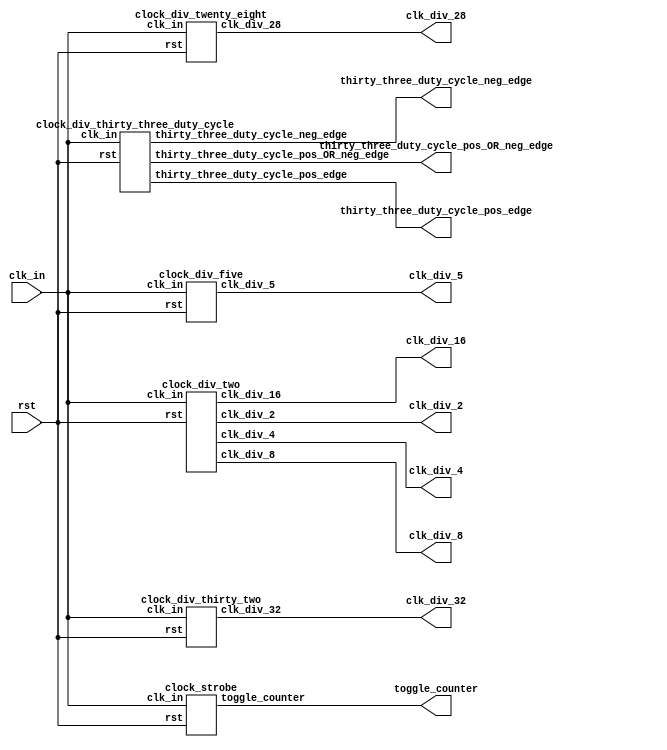
/*
	Class: UCLA CS 152A
	Name: Sum Yi Li (UID: 505146702)
	Module Name: Clock Design Methodology  
*/

`timescale 1ns / 1ps

/*
	The following are the given inputs from the spec.
	This the top level module 
*/

module clock_gen( 
	input clk_in,
	input rst,
	output clk_div_2,
	output clk_div_4,
	output clk_div_8,
	output clk_div_16,
	output clk_div_28,

	// Add a temporary output variable for clock div 32
	output clk_div_32,

	// Add three temporary output variables for task 4, 5, 6
	output thirty_three_duty_cycle_pos_edge,
	output thirty_three_duty_cycle_neg_edge,
	output thirty_three_duty_cycle_pos_OR_neg_edge,

	output clk_div_5,
	output [31:0] toggle_counter );
	
	// First module 
	clock_div_two task_one( 
		.clk_in(clk_in),
		.rst(rst), 
		// Task 1: Clock Divider by Power of 2s
		.clk_div_2(clk_div_2), 
		.clk_div_4(clk_div_4), 
		.clk_div_8(clk_div_8), 
		.clk_div_16(clk_div_16) 
		);

	// Task 2: Generate the divide by 32 clocks 
	// Temporary module for clock div 32
	clock_div_thirty_two temp_task(
		.clk_in(clk_in),
		.rst(rst), 
		.clk_div_32(clk_div_32) 
	);

	// Task 3: Generate the divide by 28 clocks
	// Second module 
	clock_div_twenty_eight task_two( 
		.clk_in(clk_in),
		.rst(rst), 
		.clk_div_28(clk_div_28) 
	);
	
	// Task 4, 5, 6: Generte two 33% duty cycle clock (raising, falling edge), and logical OR of the two clocks
	// Temporary module for combined task 4, 5, 6 togther due to comparison of waveform diagram side by side
	clock_div_thirty_three_duty_cycle temp_task_two(
		.clk_in(clk_in),
		.rst(rst),
		.thirty_three_duty_cycle_pos_edge(thirty_three_duty_cycle_pos_edge),
		.thirty_three_duty_cycle_neg_edge(thirty_three_duty_cycle_neg_edge),
		.thirty_three_duty_cycle_pos_OR_neg_edge(thirty_three_duty_cycle_pos_OR_neg_edge)
	);


	// Task 7: Generate a 50% duty cycle divide by 5 clock 
	clock_div_five task_three( 
		.clk_in(clk_in),
		.rst(rst), 
		.clk_div_5(clk_div_5) 
		);

	// Task 8: verify the output clock is 50% divided by 200 clocks running at 500Khz
	clock_div_two_hundred temp_task_three(
		.clk_in(clk_in),
		.rst(rst),
		.clk_div_200(clk_div_200)
	);

	// Task 9: Generate a 8 bit counter that counts up to 2 on every positive edge of the master clock, but subtracts by 5 on every strobe
	// Fourth module: Use the master clock and a divide by 4 strobe to generate an 8 bit counter
	clock_strobe task_four( 
		.clk_in(clk_in),
		.rst(rst),
		.toggle_counter (toggle_counter)
	);

endmodule

// Design Task 1: Assign 4 1-bit wires to each of the bits from the 4 bit counter 
module clock_div_two(
	// Set up the input variables 
	input clk_in, 
	input rst, 
	// Set up the output variables 
	output clk_div_2, 
	output clk_div_4, 
	output clk_div_8, 
	output clk_div_16
);

	// Instantiate a 4 bit variable to store the temporary value during the count up process
	reg [3:0] temp_count;

	// Assign 4 1-bit wires to each of the bits from the 4 bit temporary counter 
	// The first bit of the counter 
	assign clk_div_2 = temp_count[0];
	// The second bit of the counter 
	assign clk_div_4 = temp_count[1];
	// The third bit of the counter 
	assign clk_div_8 = temp_count[2];
	// The fourth bit of the counter 
	assign clk_div_16 = temp_count[3];

	// I need to first initalize the counter since it is not initalize when it first starts 
	// Set the counter to 0 in the initial block 
	// Remember to use the non-blocking assignment operator 
	initial begin 
		temp_count <= 0;
	end 

	// Then, create a 4 bit counter within the always block 
	always @ (posedge clk_in) begin
		if (rst)
			// Reset the count to 0 
			temp_count <= 4'b0000;
		else 
			// Increment the counter by 1
			temp_count <= temp_count + 1'b1;
	end 

endmodule

// Observe Task 2: Generate the divide by 32 clocks by flipping the output clock on every counter overflow
module clock_div_thirty_two (
	// Set up the input variables 
	input clk_in,
	input rst,
	// Set up the output register 
	output clk_div_32
	);
	
	// Instantiate a 4 bit variable to store the temporary value during the count up process
	reg [3:0] temp_count;
	// Create a temporary register variable to store the final output 
	reg clk_32;
	// Assign the final output variable of clock div 32 to store the value from the temporary variable 
	assign clk_div_32 = clk_32;

	// Set both the counter and output register variable for divide clock of 32
	// Remember to use the non-blocking assignment operator 
	initial begin 
		// Initialize the counter to 0 
		temp_count <= 0;
		// Initialize the output register for fivide clock of 32 to 0
		clk_32 <= 0;
	end 

	// Then, modify the 4 bit counter to count from 0 to 15, then on the 16th edge, flip the output 
	always @ (posedge clk_in) begin
		if (rst) begin 
			// Reset the counter to 0
			temp_count <= 0;
			// Reset the output register for divide clock of 32
			clk_32 <= 0;
		end 
		// Check if the current count is already 15, get ready to flip the clock 
		else if (temp_count == 4'b1111) begin 
			// Reset the counter to 0
			temp_count <= 0;
			// Flip the output register for divide clock of 32 
			clk_32 <= ~clk_32;
		end 
		else 
			// Increment the counter by 1
			temp_count <= temp_count + 1'b1;
	end 

endmodule 


// Design task 3: generate a clock that is 28 times smaller by modifying when the counter resets to 0
module clock_div_twenty_eight(
	// Set up the input variables 
	input clk_in,
	input rst,
	// Set up the output variables 
	output clk_div_28
);
	// Instantiate a 4 bit variable to store the temporary value during the count up process
	reg [3:0] temp_count;
	// Create a temporary register variable to store the final output
	reg temp_clk_28;
	// Assign the final output variable of clock div 28 to store the value from the temporary variable 
	assign clk_div_28 = temp_clk_28;

	// Set both the counter and output register variable for divide clock of 28
	// Remember to use the non-blocking assignment operator 
	initial begin 
		// Initialize the counter to 0 
		temp_count <= 0;
		// Initialize the output register for divide clock of 28 to 0
		temp_clk_28 <= 0;
	end 

	// Then, modify the 4 bit counter to count from 0 to 13, then on the 14th edge, flip the output
	always @ (posedge clk_in) begin
		if (rst) begin
			// Reset the counter to 0
			temp_count <= 0;
			// Reset the output register for divide clock of 28 
			temp_clk_28 <= 0;
		end 
		// Check if the current count is already 13, get ready to flip the clock 
		else if (temp_count == 4'b1101) begin 
			// Reset the counter to 0
			temp_count <= 0;
			// flip the output register for divide clock of 28 
			temp_clk_28 <= ~temp_clk_28;
		end 
		else 
			// Increment the counter by 1
			temp_count <= temp_count + 1'b1;
	end 

endmodule

// Observe task 4: Generate a 33% duty cycle clock (rising on positive edge) using if statement and counters and verify the waveform 
// Observe task 5: Generate a 33% duty cycle clock (rising on negative edge) using if statement and counters and verify the waveform 
// Observe task 6: Assign a wire that takes the logical or of the two 33% duty cycle clock 
module clock_div_thirty_three_duty_cycle(
	// Set up the input variables
	input clk_in,
	input rst,
	// Set up the output variables
	output thirty_three_duty_cycle_pos_edge,
	output thirty_three_duty_cycle_neg_edge,
	output thirty_three_duty_cycle_pos_OR_neg_edge
	);
	
	// Create temporary variable for the 33% duty cycle positive edge
	reg thirty_three_pos_temp;
	// Create temporary variable for the 33% duty cycle negative edge
	reg thirty_three_neg_temp;
	// Create temporary variable for the logical or of the two clock 
	reg thirty_three_OR_temp;
	// Instantiate a 4 bit variable to store the temporary value during the positive count up process
	reg [3:0] temp_pos_count; 
	// Instantiate a 4 bit variable to store the temporary value during the negative count up process
	reg [3:0] temp_neg_count;

	// Assign the final output variable of 33% duty cycle positive edge
	assign thirty_three_duty_cycle_pos_edge = thirty_three_pos_temp;
	// Assign the final output variable of 33% duty cycle positive edge
	assign thirty_three_duty_cycle_neg_edge = thirty_three_neg_temp;
	// Assign the final output variable of the logical OR of the two clocks 
	assign thirty_three_duty_cycle_pos_OR_neg_edge = thirty_three_duty_cycle_pos_edge | thirty_three_duty_cycle_neg_edge;

	// Set all the temporary register variables to zero in the initial block 
	// Remember to use the non-blocking assignment operator 
	initial begin 
		// initalize the positive edge of the 33% duty cycle to zero 
		thirty_three_pos_temp <= 0;
		// initialize the negative edge of the 33% duty cycle to zero 
		thirty_three_neg_temp <= 0;
		// initialize the positive counter to zero 
		temp_pos_count <= 0;
		// initialize the negative counter to zero 
		temp_neg_count <= 0;
	end 

	// Modify the 4 bit counter to generate a 33% duty cycle clock that triggers on the rising edge
	always @ (posedge clk_in) begin
		if (rst) begin 	
			// reset the positive counter to 0
			temp_pos_count <= 0;
			// reset the temporary register for divide clock of 9 on positive edge 
			thirty_three_pos_temp <= 0;
		end 
		// Check if the current count is 5, get ready to flip the clock
		// Since 33% duty cycle is 1/3 and 15/3 = 5
		else if (temp_pos_count == 4'b0101) begin
			// Increment the positive counter by 1
			temp_pos_count <= temp_pos_count + 1'b1;
			// Flip the temporary register for the divide clock with 33% duty cycle
			thirty_three_pos_temp <= ~thirty_three_pos_temp;
		end 
		// Check if the current count is 8, get ready to flip the clock
		else if (temp_pos_count == 4'b1000) begin
			// Reset the positive counter by 1
			temp_pos_count <= 0;
			// Flip the temporary register for the divide clock of 9
			thirty_three_pos_temp <= ~thirty_three_pos_temp;
		end 
		else 
			// increment the positve counter by 1
			temp_pos_count <= temp_pos_count + 1'b1;
	end


	// Modify the 4 bit counter to generate a 33% duty cycle clock that triggers on the falling edge
	always @ (negedge clk_in) begin
		if (rst) begin 	
			// reset the positive counter to 0
			temp_neg_count <= 0;
			// reset the temporary register for divide clock of 9 on negative edge 
			thirty_three_neg_temp <= 0;
		end 
		// Check if the current count is 5, get ready to flip the clock
		// Since 33% duty cycle is 1/3 and 15/3 = 5
		else if (temp_neg_count == 4'b0101) begin
			// Increment the negative counter by 1
			temp_neg_count <= temp_neg_count + 1'b1;
			// Flip the temporary register for the divide clock with 33% duty cycle
			thirty_three_neg_temp <= ~thirty_three_neg_temp;
		end 
		// Check if the current count is 8, get ready to flip the clock
		else if (temp_neg_count == 4'b1000) begin
			// Reset the negative counter by 1
			temp_neg_count <= 0;
			// Flip the temporary register for the divide clock of 9
			thirty_three_neg_temp <= ~thirty_three_neg_temp;
		end 
		else 
			// increment the negative counter by 1
			temp_neg_count <= temp_neg_count + 1'b1;
	end

endmodule


// Design task 7: Generate a 50% duty cycle which is divide by 5 clock 
module clock_div_five (
	// Set up the input variables 
	input clk_in, 
	input rst, 
	// Set up the output variables 
	output clk_div_5
);
	
	// Create temporary variable for the 55% duty cycle positive edge
	reg clk_5_pos_temp;
	// Create temporary variable for the 55% duty cycle negative edge
	reg clk_5_neg_temp;
	// Instantiate a 4 bit variable to store the temporary value during the positive count up process
	reg [3:0] clk_5_pos_count; 
	// Instantiate a 4 bit variable to store the temporary value during the negative count up process
	reg [3:0] clk_5_neg_count;

	// Assign the final output variable for clock divide by 5 with logical or of the two clocks 
	assign clk_div_5 = clk_5_pos_temp | clk_5_neg_temp;
	
	// Set all the temporary register variables to zero in the initial block 
	// Remember to use the non-blocking assignment operator 
	initial begin 
		// Initialize the temporary output register for divide clock of 5 to 0 on positive edge
		clk_5_pos_temp <= 0;
		// Initialize the temporary output register for divide clock of 5 to 0 on negative edge 
		clk_5_neg_temp <= 0;
		// initialize the positive edge ccount to zero
		clk_5_pos_count <= 0;
		// initialize the negative edge ccount to zero
		clk_5_neg_count <= 0;
	end 

	// Modify the 4 bit counter to generate a 50% duty cycle clock that triggers on the rising edge
	always @ (posedge clk_in) begin
		if (rst) begin
			// reset the positive counter to 0
			clk_5_pos_count <= 0;
			// reset the temporary register for divide clock of 5 on positive edge to zero 
			clk_5_pos_temp <= 0;
		end 
		// Check if the current count is 2, get ready to flip the clock
		// Since 55% duty cycle is 2/5 of the clock divide of 5
		else if (clk_5_pos_count == 4'b0010) begin
			// increment the positive counter by 1
			clk_5_pos_count <= clk_5_pos_count + 1'b1;
			// Flip the temporary register for the divide clock with 50% duty cycle
			clk_5_pos_temp <= ~clk_5_pos_temp;
		end 
		// Check if the current count is 4, get ready to flip the clock
		else if (clk_5_pos_count == 4'b0100) begin
			// Reset the positive counter to 0
			clk_5_pos_count <= 0;
			// Flip the temporary register for the divide clock of 5 with rising on positive edge 
			clk_5_pos_temp <= ~clk_5_pos_temp;
		end
		else 
			// increment the positive counter by 1 
			clk_5_pos_count <= clk_5_pos_count + 1'b1;
	end

	// Modify the 4 bit counter to generate a 50% duty cycle clock that triggers on the falling edge
	always @ (negedge clk_in) begin
		if (rst) begin
			// reset the negative counter to 0
			clk_5_neg_count <= 0;
			// reset the temporary register for divide clock of 5 on negative edge 
			clk_5_neg_temp <= 0;
		end 
		// Check if the current count is 2, get ready to flip the clock
		// Since 55% duty cycle is 2/5 of the clock divide of 5
		else if (clk_5_neg_count == 4'b0010) begin
			// increment the neagtive counter by 1
			clk_5_neg_count <= clk_5_neg_count + 1'b1;
			// Flip the temporary register for the divide clock with 50% duty cycle
			clk_5_neg_temp <= ~clk_5_neg_temp;
		end 
		// Check if the current count is 4, get ready to flip the clock
		else if (clk_5_neg_count == 4'b0100) begin
			// Reset the negative counter to 0
			clk_5_neg_count <= 0;
			// Flip the temporary register for the divide clock of 5 with rising on falling edge 
			clk_5_neg_temp <= ~clk_5_neg_temp;
		end
		else 
			// increment the negative counter by 1 
			clk_5_neg_count <= clk_5_neg_count + 1'b1;
	end

endmodule

// Observe Task 8: Create a divide by 100 clock with only 1% duty cycle.
// Then, create a second always block that runs on the system clock and 
// switch the output clock every time the divide by 100 pulse is active with an if statement 
module clock_div_two_hundred (
	input clk_in,
	input rst,
	output clk_div_200
);

	// Instantiate a 7 bit variable to store the temporary value during the count up process
	// I need 7 bit variable for the count up process of the divide by 100 clock 
	reg [6:0] temp_count;
	// Create a temporary register variable to store the final output of divide clock of 100
	reg temp_clk_one_hundred;
	// Create a temporary register variable to store the final output of divide clock of 200
	reg temp_clk_two_hundred;
	// Assign the final output variable of clock div 200 to store the value from the temporary variable 
	assign clk_div_200 = temp_clk_two_hundred;	

	// Set all the temporary register variables to zero in the initial block 
	// Remember to use the non-blocking assignment operator 
	initial begin 
		// Initialize the temporary count variable to 0
		temp_count <= 0;
		// Initialize the temporary output register for divide clock of 100 to 0
		temp_clk_one_hundred <= 0;
		// Initialize the temporary output register for divide clock of 200 to 0
		temp_clk_two_hundred <= 0;
	end 

	// Create a divide by 100 clock with 1% duty cycle with an always block
	always @ (posedge clk_in) begin
		if (rst) begin
			// Reset the counter to zero 
			temp_count <= 0;
			// Reset the temporary register for divide clock of 100 to zero  
			temp_clk_one_hundred <= 0;
		end
		// Check if the current count is 98, get ready to flip the clock
		else if (temp_count == 7'b1100010) begin
			// Increment the counter by 1 
			temp_count <= temp_count + 1'b1;
			// Flip the temporary register for the divide clock of 100
			temp_clk_one_hundred <= ~temp_clk_one_hundred;
		end 
		// Check if the current count is 99, get ready to flip the clock
		else if (temp_count == 7'b1100011) begin
			// Reset the counter to 0
			temp_count <= 0;
			// Flip the temporary register for the divide clock of 100
			temp_clk_one_hundred <= ~temp_clk_one_hundred;
		end 
		else 
			// Increment the counter by 1 
			temp_count <= temp_count + 1'b1;
	end

	// Create a divide by 200 clock with an always block 
	always @ (posedge clk_in) begin 
		if (rst) begin
			// Reset the temporary register for divide clock of 200 to zero 
			temp_clk_two_hundred <= 0;
		end 
		// Check if divide by 100 pulse is active, then switch the output clock 
		else if (temp_clk_one_hundred) begin
			// if the divide by 100 pulse is active, flip the divide clock of 200
			temp_clk_two_hundred <= ~temp_clk_two_hundred;
		end
	end 

endmodule

// Design task 9: create a divide by 4 strobe 
// Generate a 8 bit counter that counts up by 2 on every positive edge of master clock
// Subtracts by 5 on every strobe 
module clock_strobe (
	input clk_in, 
	input rst, 
	output [31:0] toggle_counter
);

	// Create a temporary register for storing the final value of toggle counter 
	reg [31:0] temp_toggle_counter;
	// Assign the final output variable of toggle counter 
	assign toggle_counter = temp_toggle_counter;
	// Create a temporary output register for divide clock of 4
	reg clk_div_4;
	// Create a temporary counter for divide clock of 4
	reg [3:0] temp_count;

	// Set all the temporary register variables to zero in the initial block 
	// Remember to use the non-blocking assignment operator 
	initial begin 
		// Initialize the temporary counter to zero 
		temp_toggle_counter <= 0;
		// Initialize the temporary ouput register for divide clock of 4 to zero 
		clk_div_4 <= 0;
		// Initialize the temporary couner for divide clock of 4 to zero 
		temp_count <= 0;
	end 

	// Create a divide by 4 clock with an always block
	always @ (posedge clk_in) begin 
		if (rst) begin
			// Reset the counter to zero 
			temp_count <= 0;
			// Reset the temporary register for divide clock of 4 to zero  
			clk_div_4 <= 0;
		end 
		// Check if the current count is 2 or not, get ready to flip the counter
		else if (temp_count == 4'b0010) begin
			// Increment the counter by 1
			temp_count <= temp_count + 1'b1;
			// Flip the temporary register for the divide clock of 4
			clk_div_4 <= ~clk_div_4;
		end 
		// Check if the current count is 3 or not get ready to flip the counter 
		else if (temp_count == 4'b0011) begin
			// Reset the counter to zero
			temp_count <= 0;
			// Flip the temporary register for the divide clock of 4
			clk_div_4 <= ~clk_div_4;
		end 
		else 
			// increment the counter by 1
			temp_count <= temp_count + 1'b1;
	end 

	// Create the second always block that subtracts by 5 on every strobe
	// Normal case: just increment by two each time 
	// Special case: It means to check if the divide by 4 pulse is high, then subtract 5 from the temporary toggle counter
	always @ (posedge clk_in) begin
		if (rst) begin
			// reset the temporary toggle counter to zero
			temp_toggle_counter <= 0;
		end
		// Normal case: when it is not an active pulse for divide clock of 4
		else if (!clk_div_4) begin
			// increment the toggle counter by 2
			temp_toggle_counter <= temp_toggle_counter + 2;
		end 
		// Special case: when it is active pulse for divide clock of 4
		else 
			// decrement the toggle counter by 5 
			temp_toggle_counter <= temp_toggle_counter - 5;
	end 

endmodule